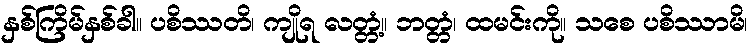
နှစ်ကြိမ်နှစ်ခါ။ ပစိဿတိ၊ ကျိုရ လတ္တံ့။ ဘတ္တံ၊ ထမင်းကို။ သစေ ပစိဿာမိ၊